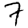
Digit: 7